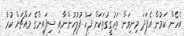
އެހެން ކަމުން އެފަދަ މިނިވަން ތަހުގީގުތަކަށް ފަހު ފުލުހުންނާއި ސިފައިންގެ މައްޗަށް ކުރާ